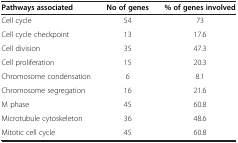
<table><thead><tr><td><b>Pathways associated</b></td><td><b>No of genes</b></td><td><b>% of genes involved</b></td></tr></thead><tbody><tr><td>Cell cycle</td><td>54</td><td>73</td></tr><tr><td>Cell cycle checkpoint</td><td>13</td><td>17.6</td></tr><tr><td>Cell division</td><td>35</td><td>47.3</td></tr><tr><td>Cell proliferation</td><td>15</td><td>20.3</td></tr><tr><td>Chromosome condensation</td><td>6</td><td>8.1</td></tr><tr><td>Chromosome segregation</td><td>16</td><td>21.6</td></tr><tr><td>M phase</td><td>45</td><td>60.8</td></tr><tr><td>Microtubule cytoskeleton</td><td>36</td><td>48.6</td></tr><tr><td>Mitotic cell cycle</td><td>45</td><td>60.8</td></tr></tbody></table>